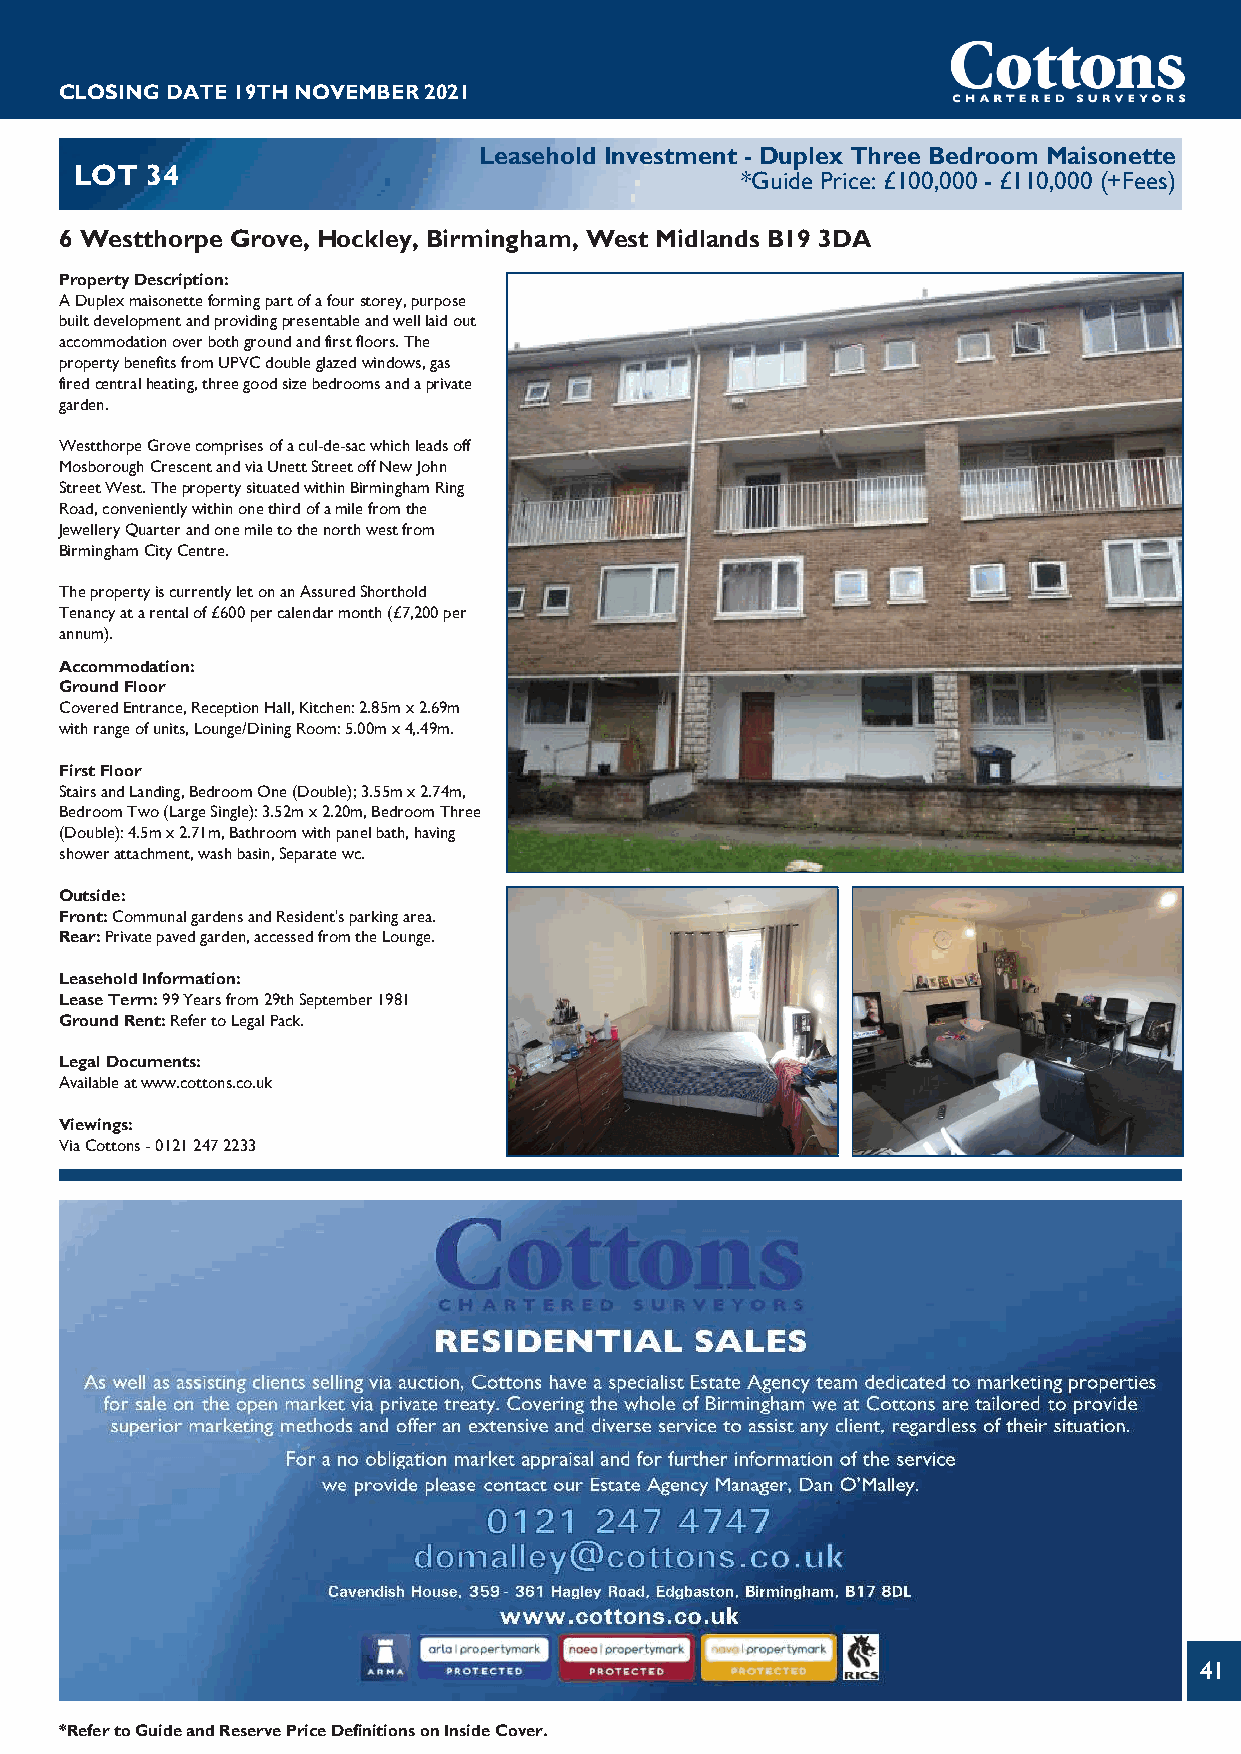
CLOSINGDATE19THNOVEMBER2021
 Leasehold Investment - Duplex Three Bedroom Maisonette
 LOT  34
 *Guide Price: £100,000 - £110,000 (+Fees)
 6 Westthorpe Grove, Hockley, Birmingham, West Midlands B19 3DA
 PropertyDescription:
 ADuplexmaisonetteformingpartofafourstorey,purpose
 builtdevelopmentandprovidingpresentableandwelllaidout
 accommodationoverbothgroundandfirstfloors.The
 propertybenefitsfromUPVCdoubleglazedwindows,gas
 firedcentralheating,threegoodsizebedroomsandaprivate
 garden.
 WestthorpeGrovecomprisesofacul-de-sacwhichleadsoff
 MosboroughCrescentandviaUnettStreetoffNewJohn
 StreetWest.ThepropertysituatedwithinBirminghamRing
 Road,convenientlywithinonethirdofamilefromthe
 JewelleryQuarterandonemiletothenorthwestfrom
 BirminghamCityCentre.
 ThepropertyiscurrentlyletonanAssuredShorthold
 Tenancyatarentalof£600percalendarmonth(£7,200per
 annum).
 Accommodation:
 GroundFloor
 CoveredEntrance,ReceptionHall,Kitchen:2.85mx2.69m
 withrangeofunits,Lounge/DiningRoom:5.00mx4,.49m.
 FirstFloor
 StairsandLanding,BedroomOne(Double);3.55mx2.74m,
 BedroomTwo(LargeSingle):3.52mx2.20m,BedroomThree
 (Double):4.5mx2.71m,Bathroomwithpanelbath,having
 showerattachment,washbasin,Separatewc.
 Outside:
 Front:CommunalgardensandResident'sparkingarea.
 Rear:Privatepavedgarden,accessedfromtheLounge.
 LeaseholdInformation:
 LeaseTerm:99Yearsfrom29thSeptember1981
 GroundRent:RefertoLegalPack.
 LegalDocuments:
 Availableatwww.cottons.co.uk
 Viewings:
 ViaCottons-01212472233
 41
 *RefertoGuideandReservePriceDefinitionsonInsideCover.